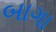
બાગા